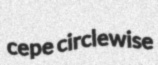
cepe circlewise